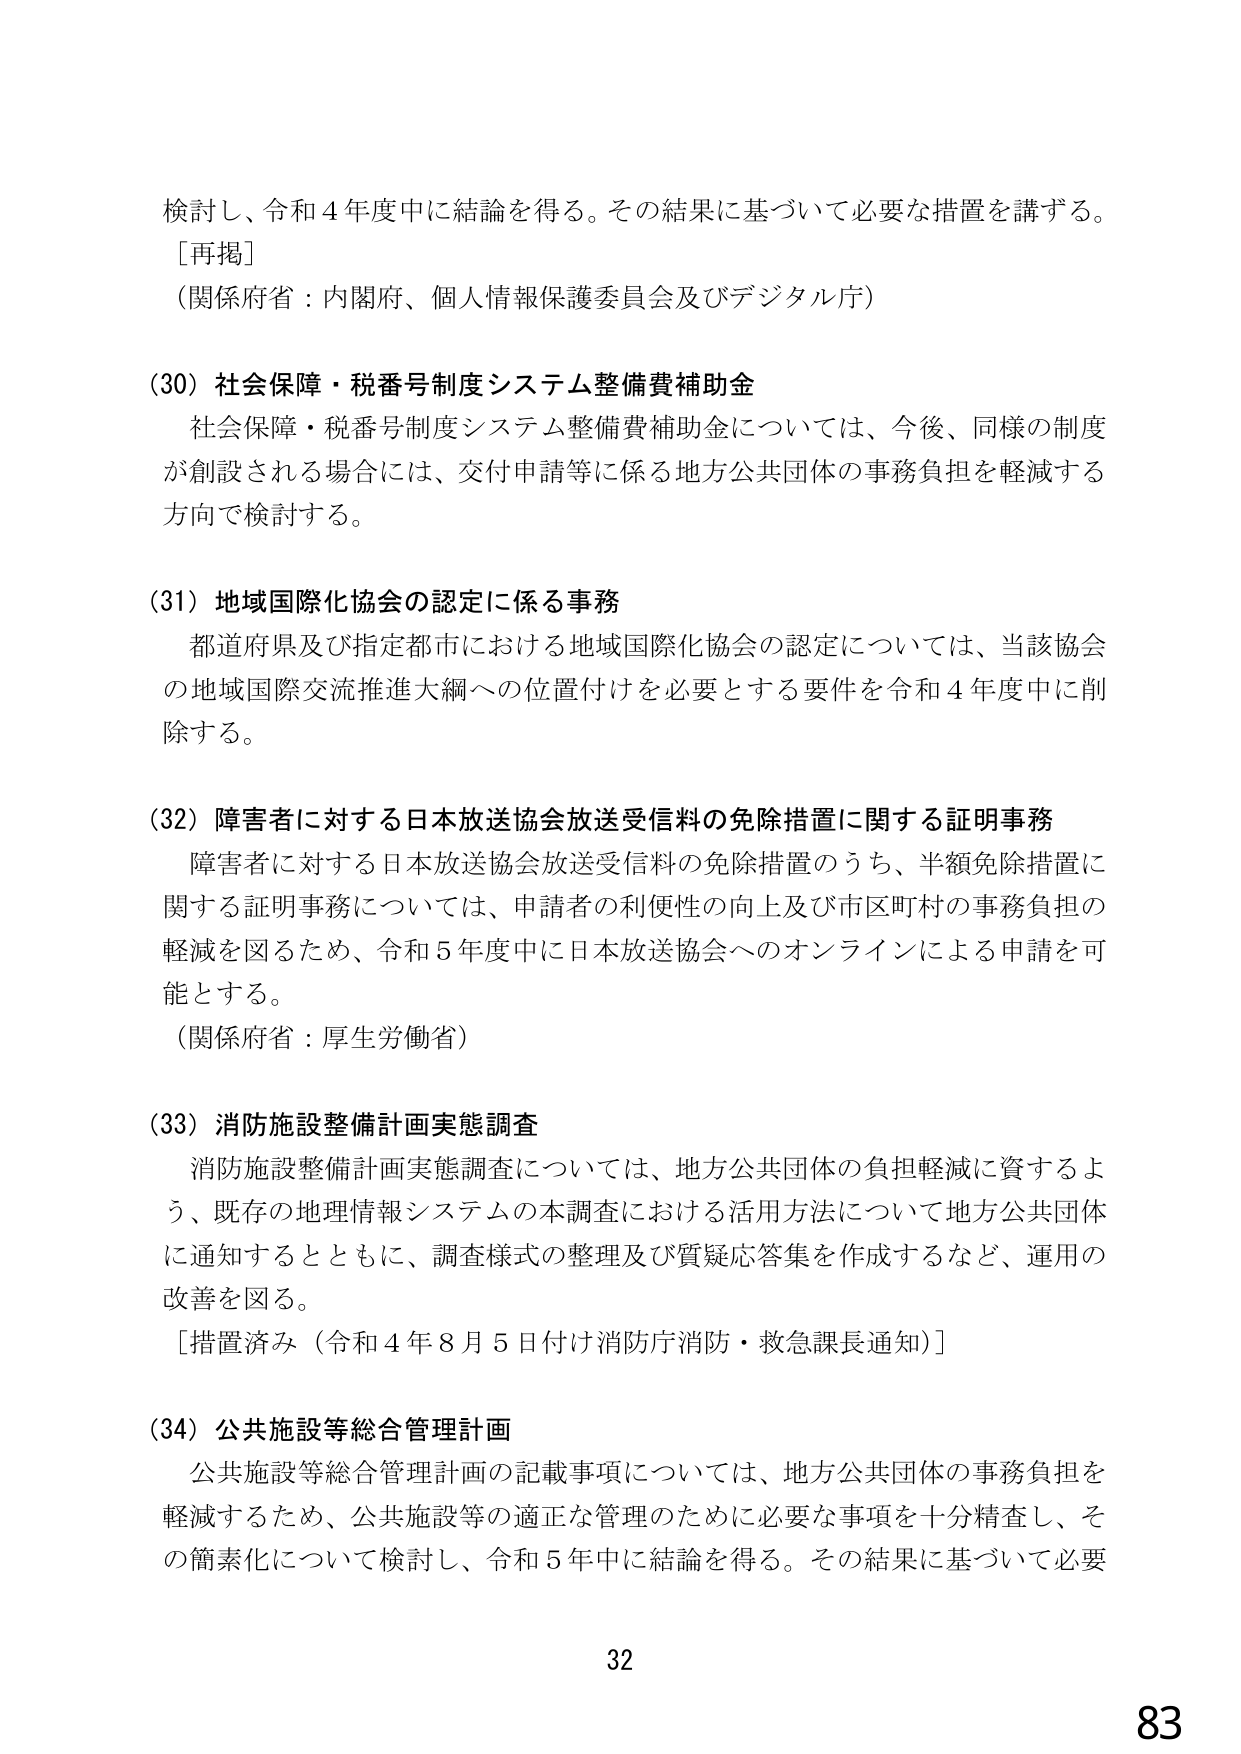
検討し、令和４年度中に結論を得る。その結果に基づいて必要な措置を講ずる。
［再掲］
（関係府省：内閣府、個人情報保護委員会及びデジタル庁）

（30）社会保障・税番号制度システム整備費補助金
　社会保障・税番号制度システム整備費補助金については、今後、同様の制度が創設される場合には、交付申請等に係る地方公共団体の事務負担を軽減する方向で検討する。

（31）地域国際化協会の認定に係る事務
　都道府県及び指定都市における地域国際化協会の認定については、当該協会の地域国際交流推進大綱への位置付けを必要とする要件を令和４年度中に削除する。

（32）障害者に対する日本放送協会放送受信料の免除措置に関する証明事務
　障害者に対する日本放送協会放送受信料の免除措置のうち、半額免除措置に関する証明事務については、申請者の利便性の向上及び市区町村の事務負担の軽減を図るため、令和５年度中に日本放送協会へのオンラインによる申請を可能とする。
（関係府省：厚生労働省）

（33）消防施設整備計画実態調査
　消防施設整備計画実態調査については、地方公共団体の負担軽減に資するよう、既存の地理情報システムの本調査における活用方法について地方公共団体に通知するとともに、調査様式の整理及び質疑応答集を作成するなど、運用の改善を図る。
［措置済み（令和４年８月５日付け消防庁消防・救急課長通知）］

（34）公共施設等総合管理計画
　公共施設等総合管理計画の記載事項については、地方公共団体の事務負担を軽減するため、公共施設等の適正な管理のために必要な事項を十分精査し、その簡素化について検討し、令和５年中に結論を得る。その結果に基づいて必要

32
83